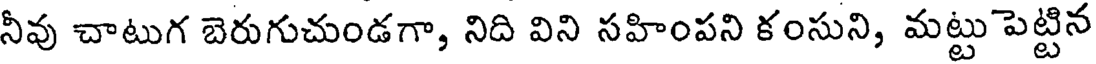
నీవు చాటుగ బెరుగుచుండగా, నిది విని సహింపని కంసుని, మట్టు పెట్టిన